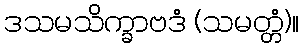
ဒသမသိက္ခာဗဒံ (သမတ္တံ)။